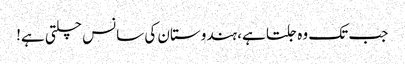
جب تک وہ جلتا ہے، ہندوستان کی سانس چلتی ہے!